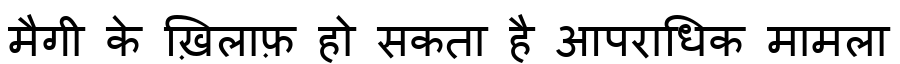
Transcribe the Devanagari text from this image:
मैगी के ख़िलाफ़ हो सकता है आपराधिक मामला